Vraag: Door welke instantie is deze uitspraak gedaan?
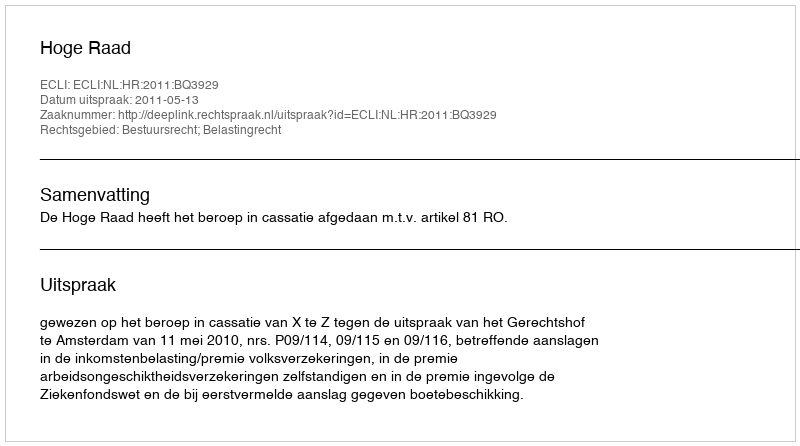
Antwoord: Hoge Raad